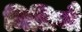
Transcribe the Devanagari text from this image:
मिलियौ